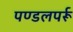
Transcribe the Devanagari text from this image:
पण्डलपर्रू